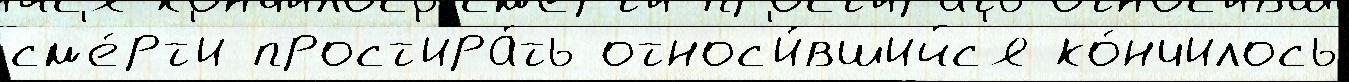
см'е́рт'и прост'ира́ть относ'и́вшийс'я ко́нчилось